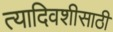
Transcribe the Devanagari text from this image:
त्यादिवशीसाठी